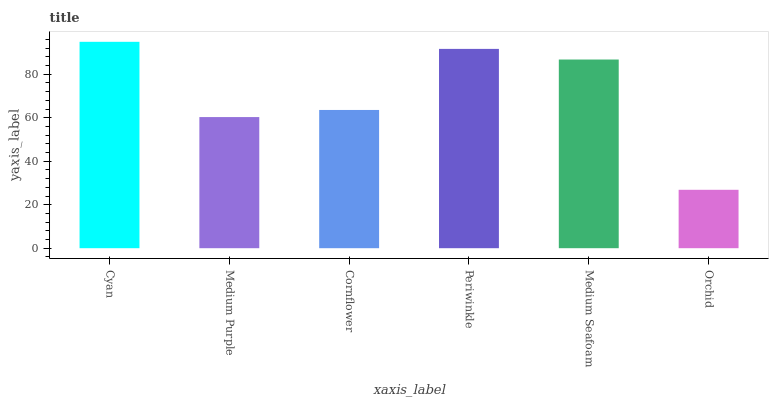
| xaxis_label | bars |
 | --- | --- |
 | Cyan | 94.9 |
 | Medium Purple | 60.3 |
 | Cornflower | 63.6 |
 | Periwinkle | 91.7 |
 | Medium Seafoam | 86.8 |
 | Orchid | 26.9 |